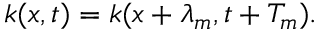
k ( x , t ) = k ( x + \lambda _ { m } , t + T _ { m } ) .